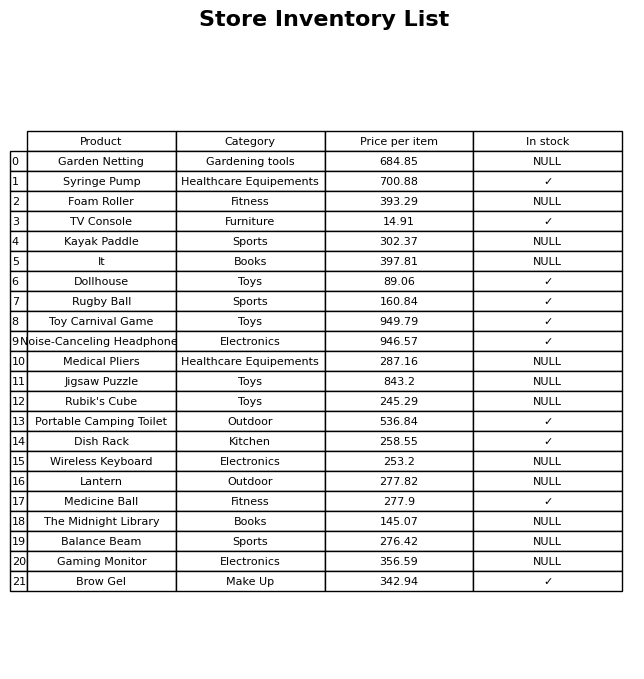
question: What is the price of the Rugby Ball?
answer: The price of Rugby Ball is 160.84.